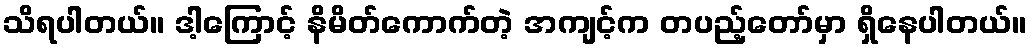
သိရပါတယ်။ ဒါ့ကြောင့် နိမိတ်ကောက်တဲ့ အကျင့်က တပည့်တော်မှာ ရှိနေပါတယ်။